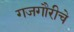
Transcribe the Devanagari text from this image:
गजगौरीचे